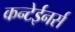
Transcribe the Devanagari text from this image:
कन्टेईनर्स